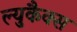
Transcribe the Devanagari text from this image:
ल्युकैक्स